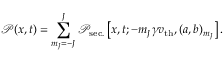
\mathcal { P } ( x , t ) = \sum _ { m _ { J } = - J } ^ { J } \mathcal { P } _ { \mathrm { s e c . } } \left[ x , t ; - m _ { J } \gamma v _ { \mathrm { t h } } , ( a , b ) _ { m _ { J } } \right] .